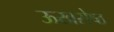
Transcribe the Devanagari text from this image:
ऊखरोष्ठ